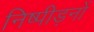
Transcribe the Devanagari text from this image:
निष्पीड़नों